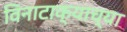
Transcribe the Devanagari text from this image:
विनाटाक्‍याच्या